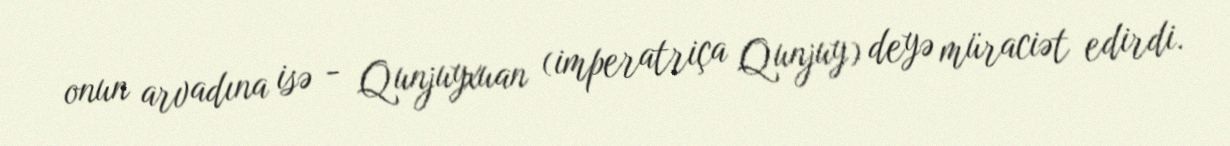
onun arvadına isə - Qunjuyxuan (imperatriça Qunjuy) deyə müraciət edirdi.